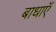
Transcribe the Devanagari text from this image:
बाधाऍं